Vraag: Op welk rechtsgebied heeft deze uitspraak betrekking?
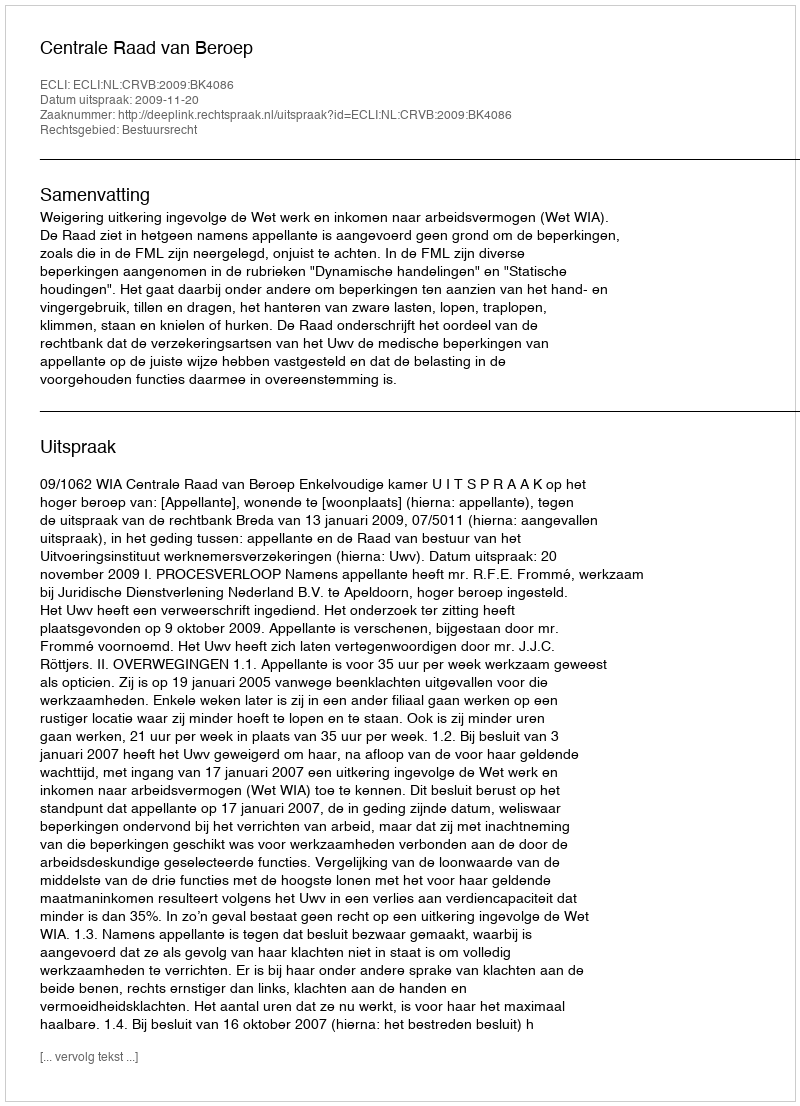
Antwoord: Bestuursrecht